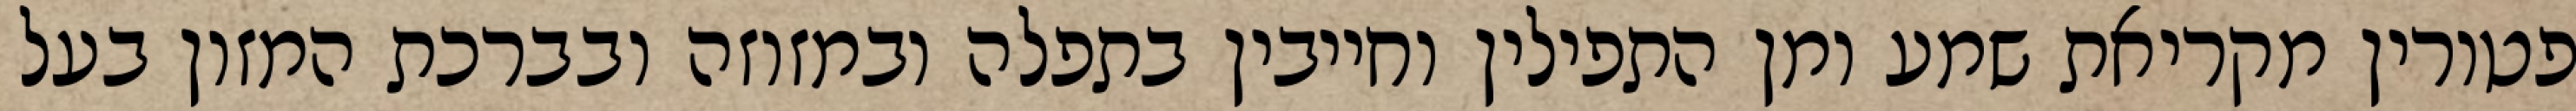
פטורין מקריאת שמע ומן התפילין וחייבין בתפלה ובמזוזה ובברכת המזון בעל